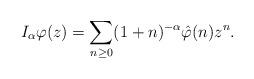
LaTeX: \begin{align*}I_{\alpha}\varphi (z)=\sum_{n\geq 0}(1+n)^{-\alpha}\hat{\varphi}(n) z^n.\end{align*}